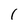
Character: I